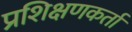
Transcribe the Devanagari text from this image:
प्रशिक्षणकर्ता